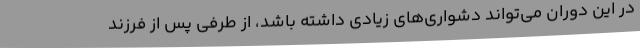
در این دوران می‌تواند دشواری‌های زیادی داشته باشد، از طرفی پس از فرزند